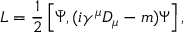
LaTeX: { \cal L } = \frac { 1 } { 2 } \left[ \bar { \Psi } , ( i \gamma ^ { \mu } D _ { \mu } - m ) \Psi \right] ,